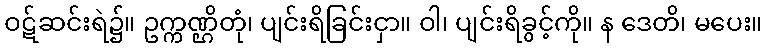
ဝဋ်ဆင်းရဲ၌။ ဥက္ကဏ္ဌိတုံ၊ ပျင်းရိခြင်းငှာ။ ဝါ၊ ပျင်းရိခွင့်ကို။ န ဒေတိ၊ မပေး။